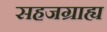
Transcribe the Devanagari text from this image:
सहजग्राह्य